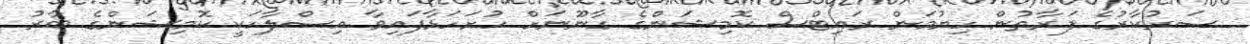
ސަރުކާރުގެ ފަރާތުން ހިޔުމަން ރައިޓްސް ކޮމިޝަންގެ ގާނޫނަށް ހުށަހަޅާފައިވާ އިސްލާހަކީ ކޮމިޝަންގެ ބާރު